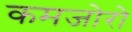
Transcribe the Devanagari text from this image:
कमजोरो